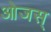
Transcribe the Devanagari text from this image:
ओजस्‌